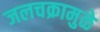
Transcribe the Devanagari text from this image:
जलचक्रामुळे